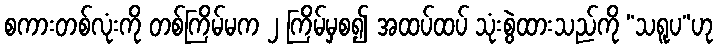
စကားတစ်လုံးကို တစ်ကြိမ်မက ၂ ကြိမ်မှစ၍ အထပ်ထပ် သုံးစွဲထားသည်ကို “သရူပ”ဟု